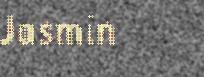
Jasmin